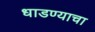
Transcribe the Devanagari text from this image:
धाडण्याचा